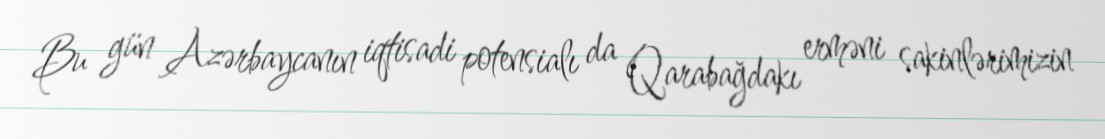
Bu gün Azərbaycanın iqtisadi potensialı da Qarabağdakı erməni sakinlərimizin